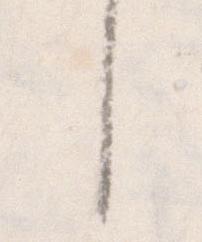
し